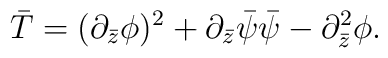
\bar T = ( \partial_{\bar z} \phi)^2 + \partial_{\bar z} \bar{\psi}\bar{\psi} - \partial_{\bar z}^2 \phi.